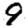
Digit: 9